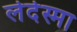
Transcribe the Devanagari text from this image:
लेदेस्मा